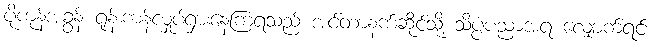
ပို့ကုန်အခွန် ရုန်းကန်လှုပ်ရှားနေကြရသည် အင်တာနက်ဆိုင်သို့ သိပ္ပံပညာအရ လျှောက်ရင်း